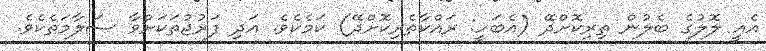
އެއީ ލޮލުގެ ބެލުން ތިރިކޮށްދޭ (އެބަހީ: ރައްކާތެރިކޮށްދޭ) ކަމެކެވެ. އަދި ފަރުޖުތަކަށްވާ ސަލާމަތެކެވެ.